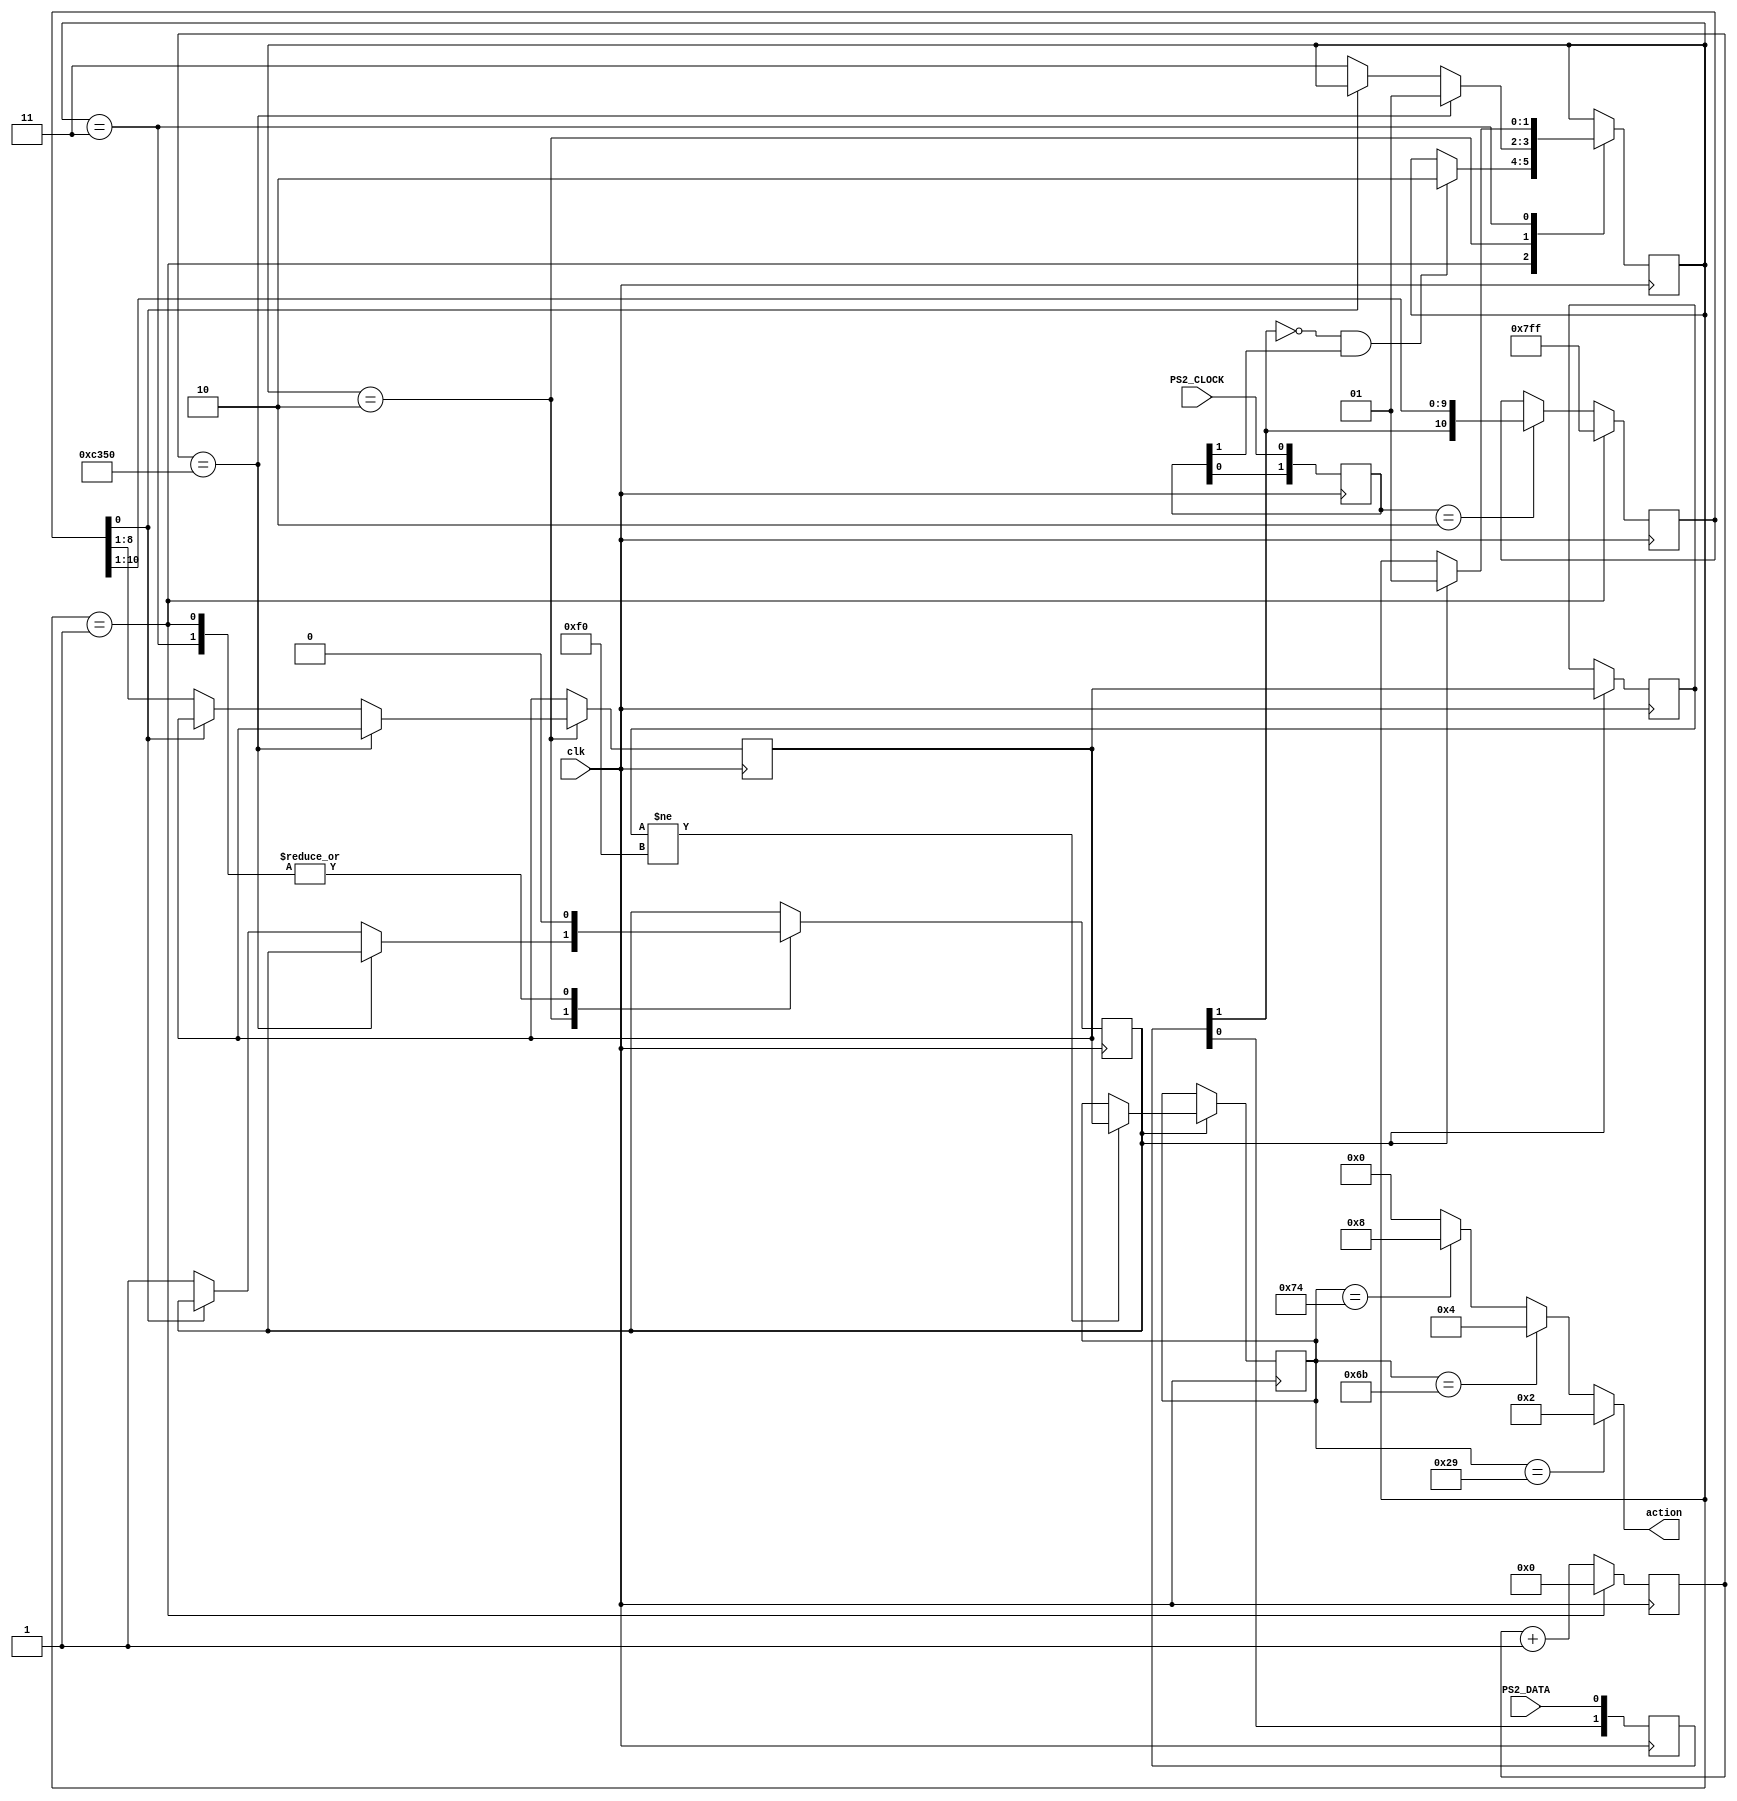
module kbInput (
  input clk,
  input PS2_DATA,
  input PS2_CLOCK,
  output reg [3:0] action
);


parameter idle    = 2'b01;
parameter receive = 2'b10;
parameter ready   = 2'b11;

reg [7:0] keycode;
reg [7:0] previousKey; 
reg [1:0]  state=idle;
reg [15:0] rxtimeout=16'b0000000000000000;
reg [10:0] rxregister=11'b11111111111;
reg [1:0]  datasr=2'b11;
reg [1:0]  clksr=2'b11;
reg [7:0]  rxdata;


reg datafetched;
reg rxactive;
reg dataready;

always @(posedge clk ) 
begin 
  if(datafetched==1)
  begin
  	if(previousKey != 8'hF0)
	begin 
		keycode<=rxdata;
    end
	previousKey <=rxdata;
  end
end  
  
always @(posedge clk ) 
begin 
  rxtimeout<=rxtimeout+1;
  datasr <= {datasr[0],PS2_DATA};
  clksr  <= {clksr[0],PS2_CLOCK};


  if(clksr==2'b10)
    rxregister<= {datasr[1],rxregister[10:1]};


  case (state) 
    idle: 
    begin
      rxregister <=11'b11111111111;
      rxactive   <=0;
      dataready  <=0;
		datafetched <=0;
      rxtimeout  <=16'b0000000000000000;
      if(datasr[1]==0 && clksr[1]==1)
      begin
        state<=receive;
        rxactive<=1;
      end   
    end
    
    receive:
    begin
      if(rxtimeout==50000)
        state<=idle;
      else if(rxregister[0]==0)
      begin
        dataready<=1;
        rxdata<=rxregister[8:1];
        state<=ready;
        datafetched<=1;
      end
    end
    
    ready: 
    begin
      if(datafetched==1)
      begin
        state     <=idle;
        dataready <=0;
        rxactive  <=0;
		 datafetched <=0;
      end  
    end  
  endcase
end 


	always@(keycode)
	begin
		if(keycode == 8'h29) //Spacebar
		begin
			action = 4'b0010;
		end
		else if(keycode == 8'hE06B) //Left Arrow
		begin
			action = 4'b0100;
		end
		else if(keycode == 8'hE074) //Right Arrow
		begin
			action = 4'b1000;
		end
		else action = 4'b0000;
	end
endmodule